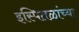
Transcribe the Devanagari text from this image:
इस्पितळांच्या